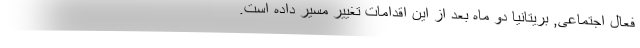
فعال اجتماعی, بریتانیا دو ماه بعد از این اقدامات تغییر مسیر داده است.